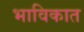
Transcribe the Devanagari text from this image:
भाविकात